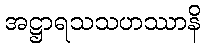
အဋ္ဌာရသသဟဿာနိ